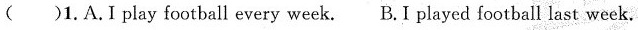
( )1.A.I play football every week. B.I played football last week.